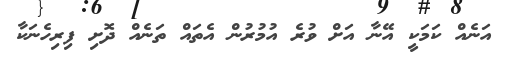
އަނެއް ކަމަކީ އޭނާ އަށް ވުރެ އުމުރުން އެތައް ތަނެއް ދޮށި ފިރިހެނަކާ